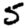
Digit: 5